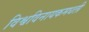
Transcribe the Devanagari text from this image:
विश्वविनायकमधली